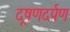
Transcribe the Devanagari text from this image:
दूषणदर्पण